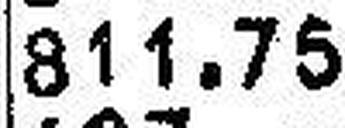
811.75